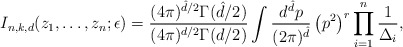
\begin{align*}I_{n,k,d}(z_1,\dots,z_n;\epsilon) =\frac{(4\pi)^{\hat{d}/2}\Gamma(\hat{d}/2)}{(4\pi)^{d/2}\Gamma(d/2)}\int\frac{d^{\hat{d}}p}{(2\pi)^{\hat{d}}}\left(p^2\right)^r\prod_{i=1}^n\frac{1}{\Delta_i},\end{align*}